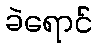
ခဲရောင်